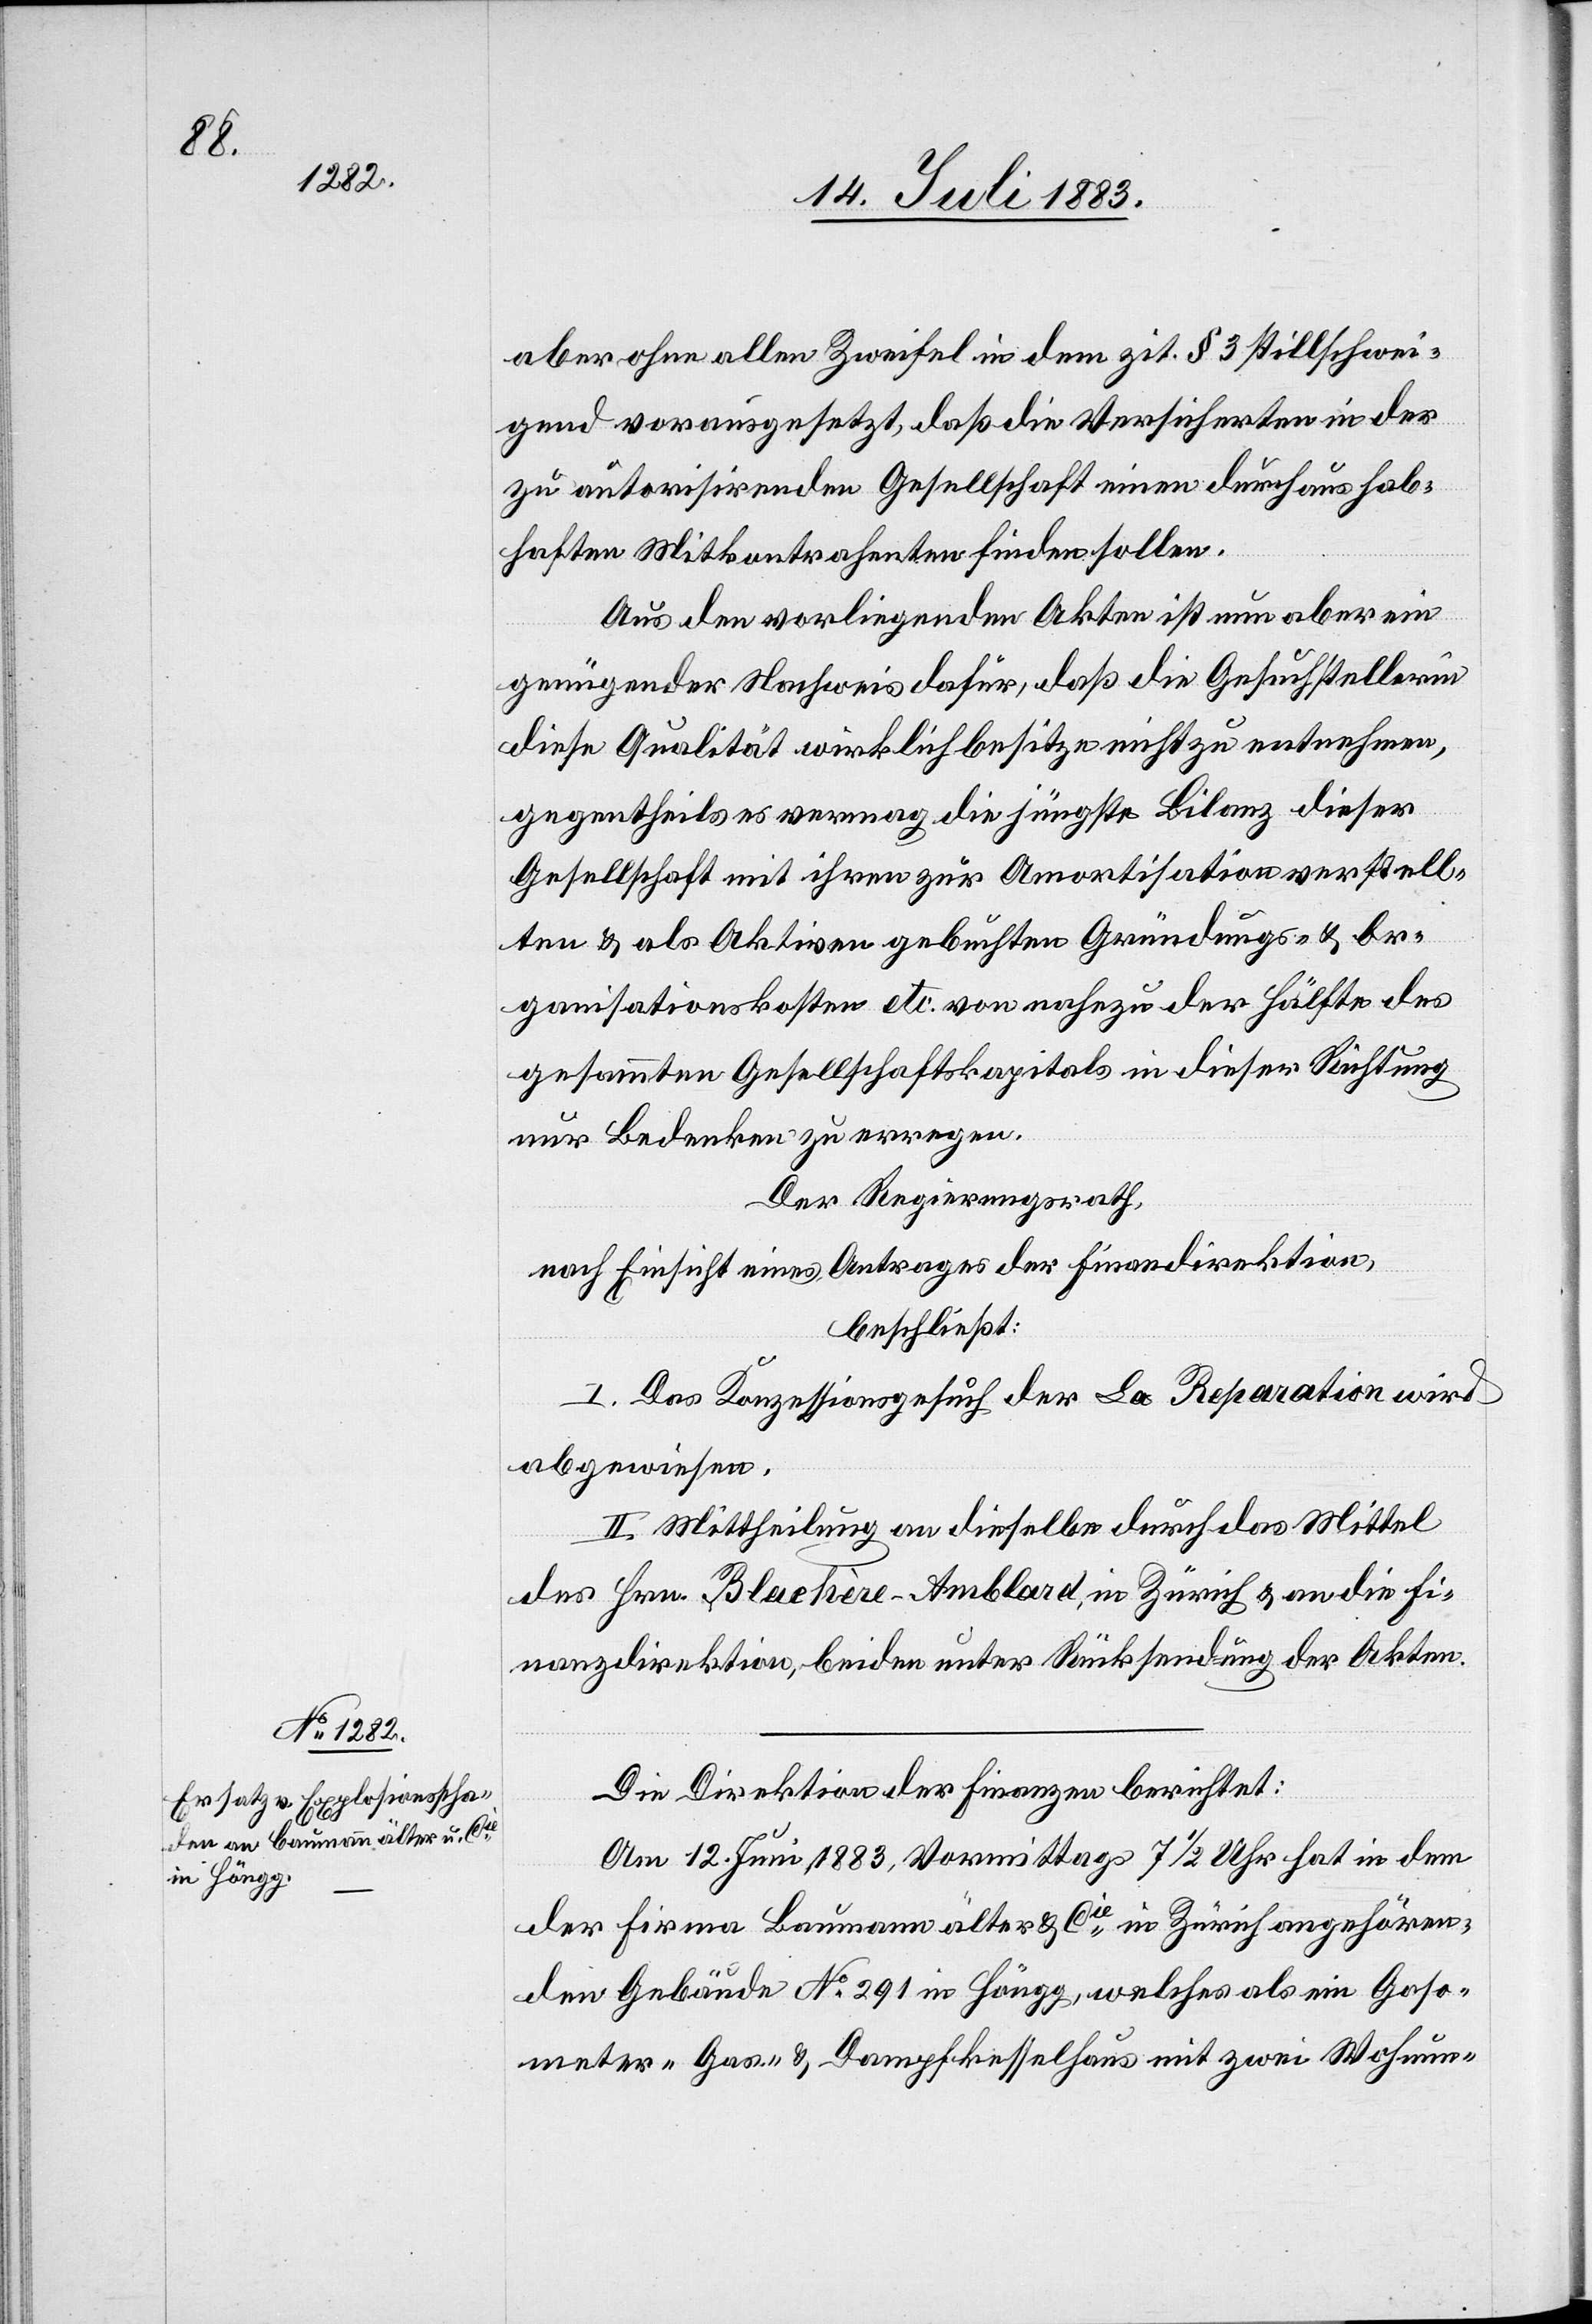
aber ohne allen Zweifel in dem zit. § 3 stillschwei¬
gend vorausgesetzt, daß die Versicherten in der
zu autorisirenden Gesellschaft einen durchaus hab¬
haften Mitkontrahenten finden sollen.
Aus den vorliegenden Akten ist nun aber ein
genügender Nachweis dafür, daß die Gesuchstellerin
diese Qualität wirklich besitze nicht zu entnehmen,
gegentheils es vermag die jüngste Bilanz dieser
Gesellschaft mit ihren zur Amortisation verstell¬
ten & als Aktiven gebuchten Gründungs- & Or¬
ganisationskosten etc. von nahezu der Hälfte des
gesammten Gesellschaftskapitals in dieser Richtung
nur Bedenken zu erregen.
Der Regierungsrath,
nach Einsicht eines Antrages der Finanzdirektion,
beschließt:
I. Das Konzessionsgesuch der La Reparation wird
abgewiesen.
II. Mittheilung an dieselbe durch das Mittel
des Hrn. Blachère-Amblard, in Zürich & an die Fi¬
nanzdirektion, beiden unter Rücksendung der Akten.
Die Direktion der Finanzen berichtet:
Am 12. Juni 1883, Vormittags 7 1/2 Uhr hat in dem
der Firma Baumann älter & Cie in Zürich gehören¬
den Gebäude No 291 in Höngg, welches als ein Gaso¬
meter-[,] Gas- & Dampfkesselhaus mit zwei Wohnun-